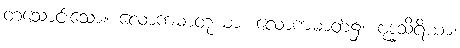
တသောင်းသော။ လောကဓာတုယာ၊ လောကဓာတ်၌။ ဗုဒ္ဓသိရိယာ၊